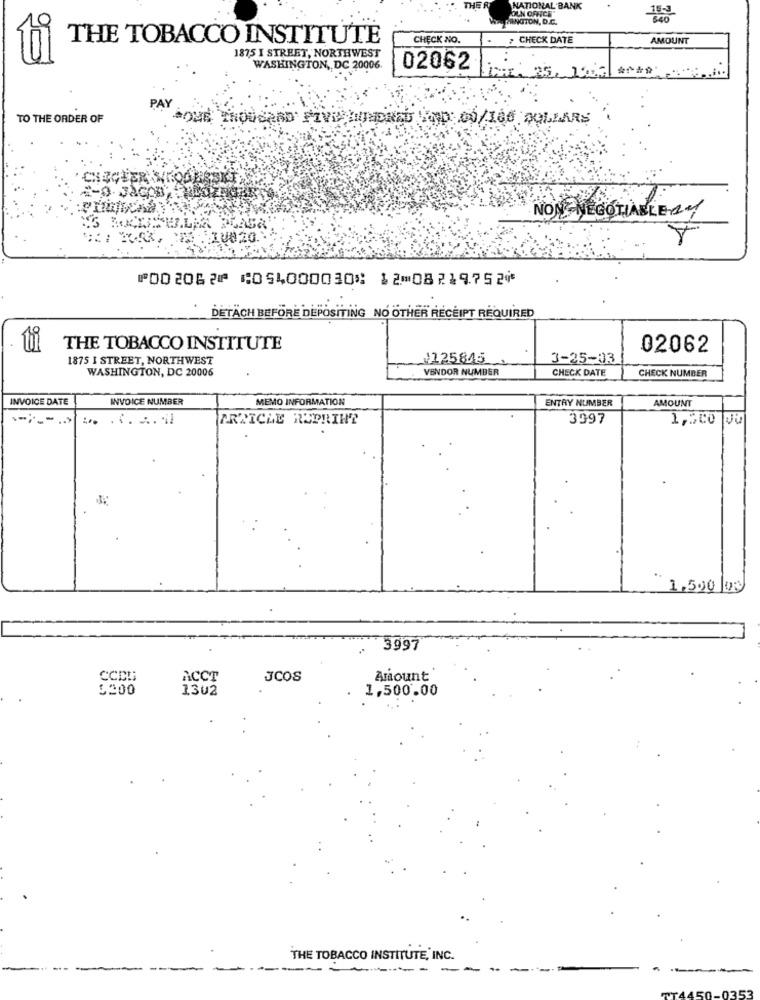
DUN OFNCS
NATIONAL BANK
PANGTON, D.C.
THE TOBACCO INSTITUTE
CHECK NO.
CHECK DATE
AMOUNT
1875 I STREET, NORTHWEST
WASHINGTON, DC 20006
02062
PA
TO THE ORDER OF
NOUSAND FIVE KUJMENED UND 00/166 DOLLARS
CHECHER N
NON NEGOTIABLE
⑈002062⑈ ⑆054000030⑆ 12⑉08219752⑈
DETÄCH BEFORE DEPOSITING NO OTHER RECEIPT REQUIRED
THE TOBACCO INSTITUTE
02062
1875 I STREET, NORTHWEST
125845_
3-25-03
WASHINGTON, DC 20006
VENDOR NUMBER
CHECK DATE
CHECK NUMBER
INVOICE DATE
INVOICE NUMBER
MEMO INFORMATION
ENTRY NUMBER
AMOUNT
ARTICLE REPRINT
3997
1,500 Ju
1.500 00
3997
ACCT
JCOS
Amount
5500
1302
1,500.00
THE TOBACCO INSTITUTE, INC.
------- --
.